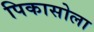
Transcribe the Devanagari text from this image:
पिकासोला